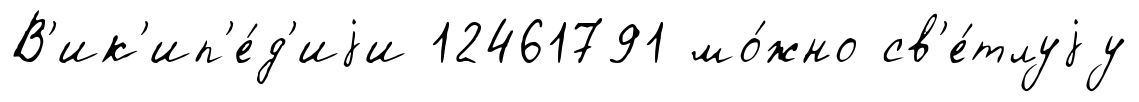
В'ик'ип'е́д'иjи 12461791 мо́жно св'е́тлуjу